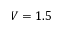
V = 1 . 5